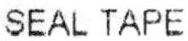
SEAL TAPE